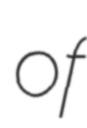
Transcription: of